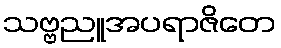
သဗ္ဗညူအပရာဇိတေ